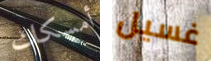
أمسكك غسيل